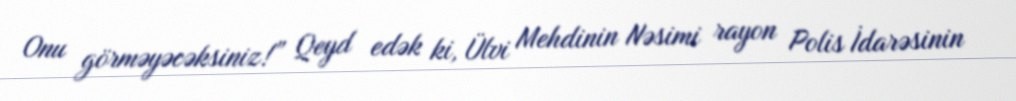
Onu görməyəcəksiniz!” Qeyd edək ki, Ülvi Mehdinin Nəsimi rayon Polis İdarəsinin